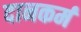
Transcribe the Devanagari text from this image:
दानकर्म